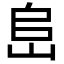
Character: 峊